Vaccination in Bombay 1902-1912 - 1902-1912
Year: 1902
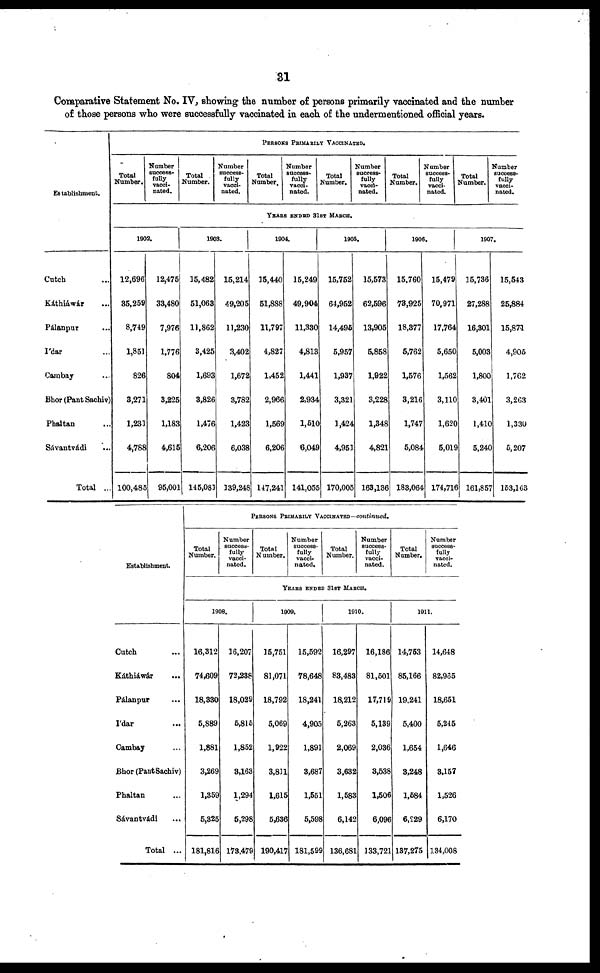
31
Comparative Statement No. IV, showing the number of persons primarily vaccinated and the number
of those persons who were successfully vaccinated in each of the undermentioned official years.
Establishment.
Cutch ...
Káthiáwár ...
Pálanpur ...
I'dar ...
Cambay ...
Bhor (Pant Sachiv)
Phaltan ...
Sávantvádi ...
Total ...
PERSONS PRIMARILY VACCINATED.
Total
Number.
Number
success¬
fully
vacci-
nated.
Total
Number.
Number
success-
fully
vacci-
nated.
Total
Number.
Number
success-
fully
vacci-
nated.
Total
Number.
Number
success-
fully
vacci-
nated.
Total
Number.
Number
success¬
vacci-
nated.
Total
Number.
Number
success-
fully
vacci-
nated.
YEARS ENDED 31ST MARCH.
1902.
12,696
35,259
8,749
1,851
826
3,271
1,231
4,788
100,485
12,475
33,480
7,976
1,776
804
3,225
1,183
4,615
95,001
1903.
15,482
51,063
11,862
3,425
1,693
3,826
1,476
6,206
145,081
15,214
49,205
11,230
3,402
1,672
3,782
1,423
6,038
139,248
1904.
15,440
51,888
11,797
4,827
1,452
2,966
1,569
6,206
147,241
15,249
49,904
11,330
4,813
1,441
2,934
1,510
6,049
141,055
1905.
15,752
64,952
14,495
5,957
1,937
3,321
1,424
4,951
170,005
15,573
62,596
13,905
5,858
1,922
3,228
1,348
4,821
163,136
1906.
15,760
73,925
18,377
5,762
1,576
3,216
1,747
5,084
183,064
15,479
70,971
17,764
5,650
1,562
3,110
1,620
5,019
174,716
1907.
15,736
27,288
16,301
5,003
1,800
3,401
1,410
5,240
161,857
15,543
25,884
15,871
4,905
1,762
3,263
1,330
5,207
153,163
Establishment.
Cutch ...
Káthiáwár ...
Pálanpur ...
I'dar
...
Cambay ...
Bhor (Pant Sachiv)
Phaltan ...
Sávantvádi
...
Total ...
PERSONS PRIMARILY VACCINATED—continued.
Total
Number.
Number
success-
fully
vacci-
nated.
Total
Number.
Number
success-
fully
vacci-
nated.
Total
Number.
Number
success-
fully
vacci-
nated.
Total
Number.
Number
success-
fully
vacci-
nated.
YEARS ENDED 31ST MARCH.
1908.
16,312
74,609
18,330
5,889
1,881
3,269
1,359
5,325
181,816
16,207
72,238
18,029
5,815
1,852
3,163
1,294
5,298
173,479
1909.
15,751
81,071
18,792
5,069
1,922
3,811
1,615
5,636
190,417
15,592
78,648
18,241
4,905
1,891
3,687
1,551
5,598
181,599
1910.
16,297
83,483
18,212
5,263
2,069
3,632
1,583
6,142
136,681
16,186
81,501
17,719
5,139
2,036
3,538
1,506
6,096
133,721
1911.
14,753
85,166
19,241
5,400
1,654
3,248
1,584
6,229
137,275
14,648
82,965
18,651
5,245
1,646
3,157
1,526
6,170
134,008